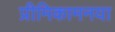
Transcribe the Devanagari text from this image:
प्रीमिकामनया